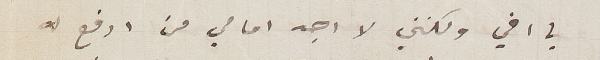
يا اخي ولكنني لا اجد امامي من ادفع له